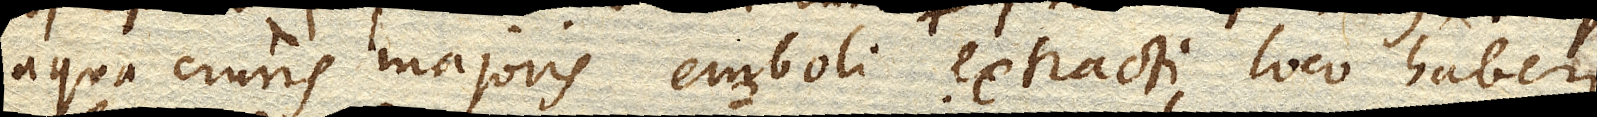
aqua cruris majoris emboli extracti loco haberi